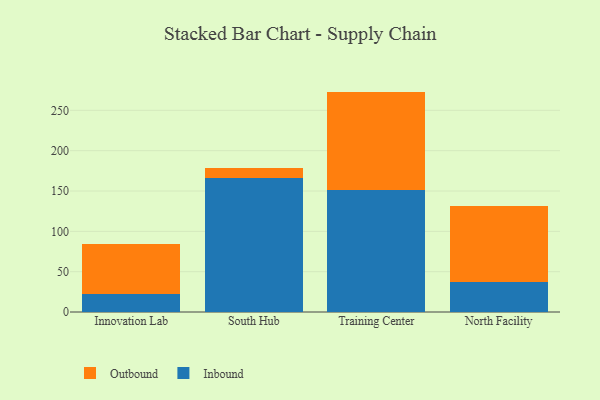
{"axis": {"x": "Campus", "y": "Population (Million)"}, "legend": ["Inbound", "Outbound"], "data": [{"x": "Innovation Lab", "y": 22.4, "type": "Inbound"}, {"x": "Innovation Lab", "y": 61.6, "type": "Outbound"}, {"x": "South Hub", "y": 166.7, "type": "Inbound"}, {"x": "South Hub", "y": 12.2, "type": "Outbound"}, {"x": "Training Center", "y": 150.9, "type": "Inbound"}, {"x": "Training Center", "y": 122.3, "type": "Outbound"}, {"x": "North Facility", "y": 37.0, "type": "Inbound"}, {"x": "North Facility", "y": 94.2, "type": "Outbound"}]}